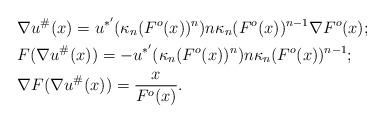
LaTeX: \begin{align*}&\nabla u^\# (x)=u^{*'}(\kappa_n(F^o(x))^n)n\kappa_n (F^o(x))^{n-1}\nabla F^o(x);\\&F(\nabla u^\# (x))=-u^{*'}(\kappa_n(F^o(x))^n)n\kappa_n (F^o(x))^{n-1};\\&\nabla F(\nabla u^\# (x))=\frac{x}{F^o(x)}.\end{align*}